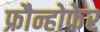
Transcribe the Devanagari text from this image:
फ्रौन्होफेर